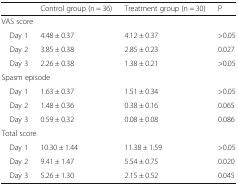
|  | Control group (n = 36) | Treatment group (n = 30) | P |
 | --- | --- | --- | --- |
 | <COLSPAN=4> VAS score |
 | Day 1 | 4.48 ± 0.37 | 4.12 ± 0.37 | >0.05 |
 | Day 2 | 3.85 ± 0.38 | 2.85 ± 0.23 | 0.027 |
 | Day 3 | 2.26 ± 0.38 | 1.38 ± 0.21 | >0.05 |
 | <COLSPAN=4> Spasm episode |
 | Day 1 | 1.63 ± 0.37 | 1.51 ± 0.34 | >0.05 |
 | Day 2 | 1.48 ± 0.36 | 0.38 ± 0.16 | 0.065 |
 | Day 3 | 0.59 ± 0.32 | 0.08 ± 0.08 | 0.086 |
 | <COLSPAN=4> Total score |
 | Day 1 | 10.30 ± 1.44 | 11.38 ± 1.59 | >0.05 |
 | Day 2 | 9.41 ± 1.47 | 5.54 ± 0.75 | 0.020 |
 | Day 3 | 5.26 ± 1.30 | 2.15 ± 0.52 | 0.045 |